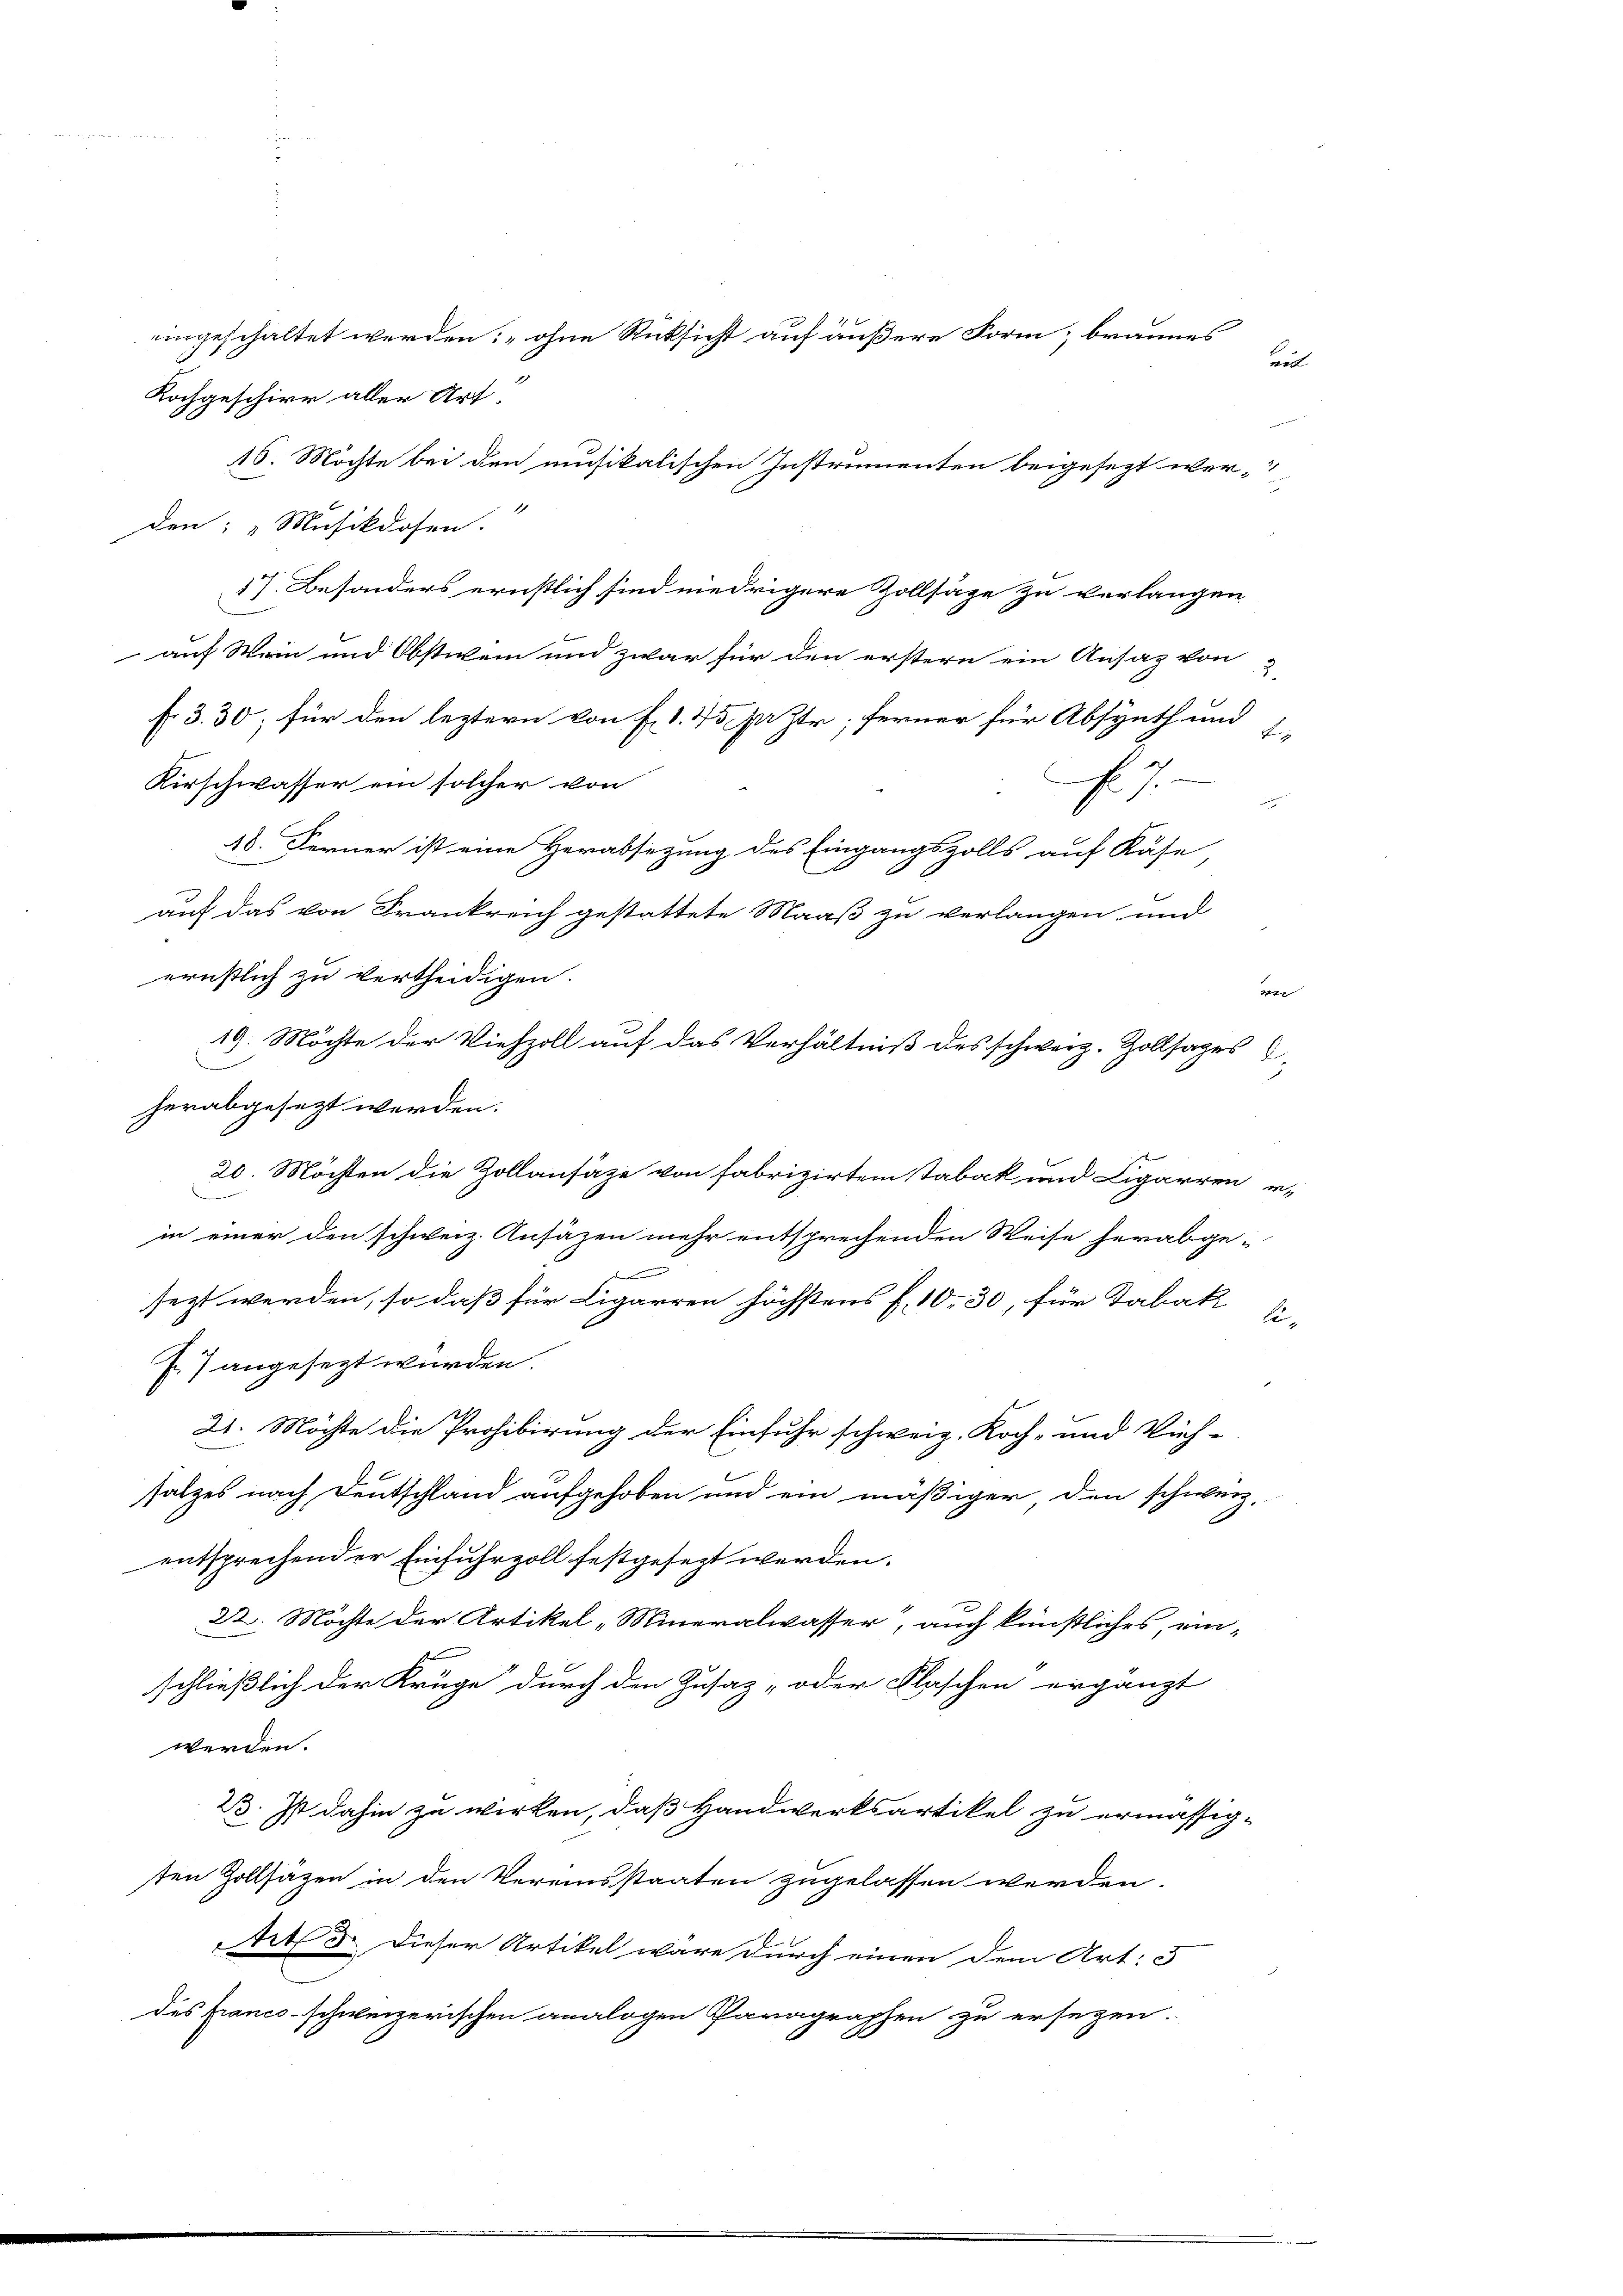
.
Kochgeschirr aller Art.
16. Möchte bei den musikalischen Instrumenten beigesezt wer-
den: „Musikdosen.
17. Besonders ernstlich sind niedrigere Zollsage zu verlangen
auf Wein und Obsticken und zwar für den erstern ein Ansaz von
f 3. 30; für den leztern von E. 1. 25 per zer; ferner für Absynth und
eh
Kirschwasser ein solcher von

48. Ferner ist eine Herabsetzung des Eingangszolls auf Käse,
auf das von Frankreich gestattete Maaß zu verlangen und
ernstlich zu vertheidigen.
e
19. Möchte der Viehzoll auf das Verhältniß des schweiz. Zollsages
herabgesezt worden.
20. Möchten die Zollansätze von fabrizirten Tabak und Ligarren er-
in einer den schweiz. Ansäzen mehr entsprechenden Weise herabge-
d
sezt werden, so daß für Ligarren höchstens f. 10. 30, für Tabak Ei-
P7 angesezt wurden.
21. Möchte die Prohibirung der Einfuhr schweiz. Koch- und Vieh-
salzes nach Deutschland aufgehoben und ein mäßiger, den schweiz.
entsprechender Einfuhrzoll festgesezt werden.
22. Möchte der Artikel „Mineralwasser, auch künstliches, ein-
schließlich der Krüge durch den Zusatz „oder Flaschen ergänzt
werden.
23. Ist dahin zu wirken, daß Handwerksartikel zu ermässig-
ten Zollsäzen in den Vereinsstaaten zugelassen werden.
Art. 3. Dieser Artikel wäre durch einen dem Art: 5
des Franco-schweizerischen analogen Paragraphen zu ersezen.

ungeschaltet werden: „ohne Rücksicht auf äußere Form; brannes

vi